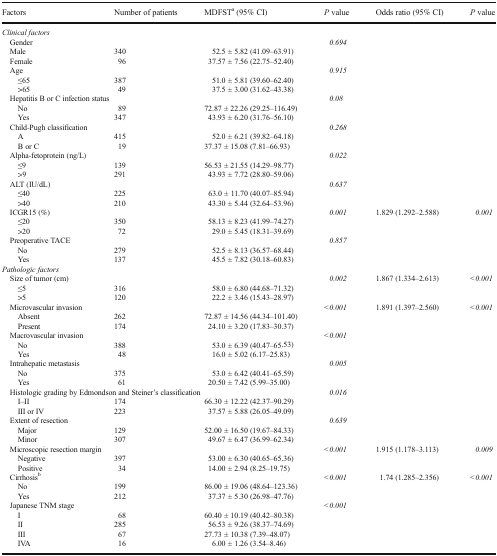
<table><thead><tr><td><b>Factors</b></td><td><b>Number of patients</b></td><td><b>MDFST<sup>a</sup> (95% CI)</b></td><td><b><i>P</i> value</b></td><td><b>Odds ratio (95% CI)</b></td><td><b><i>P</i> value</b></td></tr></thead><tbody><tr><td><i>Clinical factors</i></td><td></td><td></td><td></td><td></td><td></td></tr><tr><td> Gender</td><td></td><td></td><td><i>0.694</i></td><td></td><td></td></tr><tr><td> Male</td><td>340</td><td>52.5 ± 5.82 (41.09–63.91)</td><td></td><td></td><td></td></tr><tr><td> Female</td><td>96</td><td>37.57 ± 7.56 (22.75–52.40)</td><td></td><td></td><td></td></tr><tr><td> Age</td><td></td><td></td><td><i>0.915</i></td><td></td><td></td></tr><tr><td>≤65</td><td>387</td><td>51.0 ± 5.81 (39.60–62.40)</td><td></td><td></td><td></td></tr><tr><td>&gt;65</td><td>49</td><td>37.5 ± 3.00 (31.62–43.38)</td><td></td><td></td><td></td></tr><tr><td colspan="2"> Hepatitis B or C infection status</td><td></td><td><i>0.08</i></td><td></td><td></td></tr><tr><td>No</td><td>89</td><td>72.87 ± 22.26 (29.25–116.49)</td><td></td><td></td><td></td></tr><tr><td>Yes</td><td>347</td><td>43.93 ± 6.20 (31.76–56.10)</td><td></td><td></td><td></td></tr><tr><td> Child-Pugh classification</td><td></td><td></td><td><i>0.268</i></td><td></td><td></td></tr><tr><td>A</td><td>415</td><td>52.0 ± 6.21 (39.82–64.18)</td><td></td><td></td><td></td></tr><tr><td>B or C</td><td>19</td><td>37.37 ± 15.08 (7.81–66.93)</td><td></td><td></td><td></td></tr><tr><td> Alpha-fetoprotein (ng/L)</td><td></td><td></td><td><i>0.022</i></td><td></td><td></td></tr><tr><td>≤9</td><td>139</td><td>56.53 ± 21.55 (14.29–98.77)</td><td></td><td></td><td></td></tr><tr><td>&gt;9</td><td>291</td><td>43.93 ± 7.72 (28.80–59.06)</td><td></td><td></td><td></td></tr><tr><td> ALT (IU/dL)</td><td></td><td></td><td><i>0.637</i></td><td></td><td></td></tr><tr><td>≤40</td><td>225</td><td>63.0 ± 11.70 (40.07–85.94)</td><td></td><td></td><td></td></tr><tr><td>&gt;40</td><td>210</td><td>43.30 ± 5.44 (32.64–53.96)</td><td></td><td></td><td></td></tr><tr><td> ICGR15 (%)</td><td></td><td></td><td><i>0.001</i></td><td>1.829 (1.292–2.588)</td><td><i>0.001</i></td></tr><tr><td>≤20</td><td>350</td><td>58.13 ± 8.23 (41.99–74.27)</td><td></td><td></td><td></td></tr><tr><td>&gt;20</td><td>72</td><td>29.0 ± 5.45 (18.31–39.69)</td><td></td><td></td><td></td></tr><tr><td> Preoperative TACE</td><td></td><td></td><td><i>0.857</i></td><td></td><td></td></tr><tr><td>No</td><td>279</td><td>52.5 ± 8.13 (36.57–68.44)</td><td></td><td></td><td></td></tr><tr><td>Yes</td><td>137</td><td>45.5 ± 7.82 (30.18–60.83)</td><td></td><td></td><td></td></tr><tr><td><i>Pathologic factors</i></td><td></td><td></td><td></td><td></td><td></td></tr><tr><td> Size of tumor (cm)</td><td></td><td></td><td><i>0.002</i></td><td>1.867 (1.334–2.613)</td><td><i>&lt;0.001</i></td></tr><tr><td>≤5</td><td>316</td><td>58.0 ± 6.80 (44.68–71.32)</td><td></td><td></td><td></td></tr><tr><td>&gt;5</td><td>120</td><td>22.2 ± 3.46 (15.43–28.97)</td><td></td><td></td><td></td></tr><tr><td> Microvascular invasion</td><td></td><td></td><td><i>&lt;0.001</i></td><td>1.891 (1.397–2.560)</td><td><i>&lt;0.001</i></td></tr><tr><td>Absent</td><td>262</td><td>72.87 ± 14.56 (44.34–101.40)</td><td></td><td></td><td></td></tr><tr><td>Present</td><td>174</td><td>24.10 ± 3.20 (17.83–30.37)</td><td></td><td></td><td></td></tr><tr><td> Macrovascular invasion</td><td></td><td></td><td><i>&lt;0.001</i></td><td></td><td></td></tr><tr><td>No</td><td>388</td><td>53.0 ± 6.39 (40.47–65.53)</td><td></td><td></td><td></td></tr><tr><td>Yes</td><td>48</td><td>16.0 ± 5.02 (6.17–25.83)</td><td></td><td></td><td></td></tr><tr><td> Intrahepatic metastasis</td><td></td><td></td><td><i>0.005</i></td><td></td><td></td></tr><tr><td>No</td><td>375</td><td>53.0 ± 6.42 (40.41–65.59)</td><td></td><td></td><td></td></tr><tr><td>Yes</td><td>61</td><td>20.50 ± 7.42 (5.99–35.00)</td><td></td><td></td><td></td></tr><tr><td colspan="3"> Histologic grading by Edmondson and Steiner’s classification</td><td><i>0.016</i></td><td></td><td></td></tr><tr><td>I–II</td><td>174</td><td>66.30 ± 12.22 (42.37–90.29)</td><td></td><td></td><td></td></tr><tr><td>III or IV</td><td>223</td><td>37.57 ± 5.88 (26.05–49.09)</td><td></td><td></td><td></td></tr><tr><td> Extent of resection</td><td></td><td></td><td><i>0.639</i></td><td></td><td></td></tr><tr><td>Major</td><td>129</td><td>52.00 ± 16.50 (19.67–84.33)</td><td></td><td></td><td></td></tr><tr><td>Minor</td><td>307</td><td>49.67 ± 6.47 (36.99–62.34)</td><td></td><td></td><td></td></tr><tr><td colspan="2"> Microscopic resection margin</td><td></td><td><i>&lt;0.001</i></td><td>1.915 (1.178–3.113)</td><td><i>0.009</i></td></tr><tr><td>Negative</td><td>397</td><td>53.00 ± 6.30 (40.65–65.36)</td><td></td><td></td><td></td></tr><tr><td>Positive</td><td>34</td><td>14.00 ± 2.94 (8.25–19.75)</td><td></td><td></td><td></td></tr><tr><td colspan="2"> Cirrhosis<sup>b</sup></td><td></td><td><i>&lt;0.001</i></td><td>1.74 (1.285–2.356)</td><td><i>&lt;0.001</i></td></tr><tr><td>No</td><td>199</td><td>86.00 ± 19.06 (48.64–123.36)</td><td></td><td></td><td></td></tr><tr><td>Yes</td><td>212</td><td>37.37 ± 5.30 (26.98–47.76)</td><td></td><td></td><td></td></tr><tr><td> Japanese TNM stage</td><td></td><td></td><td><i>&lt;0.001</i></td><td></td><td></td></tr><tr><td>I</td><td>68</td><td>60.40 ± 10.19 (40.42–80.38)</td><td></td><td></td><td></td></tr><tr><td>II</td><td>285</td><td>56.53 ± 9.26 (38.37–74.69)</td><td></td><td></td><td></td></tr><tr><td>III</td><td>67</td><td>27.73 ± 10.38 (7.39–48.07)</td><td></td><td></td><td></td></tr><tr><td>IVA</td><td>16</td><td>6.00 ± 1.26 (3.54–8.46)</td><td></td><td></td><td></td></tr></tbody></table>